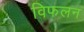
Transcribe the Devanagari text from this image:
विफलन